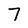
Character: 7